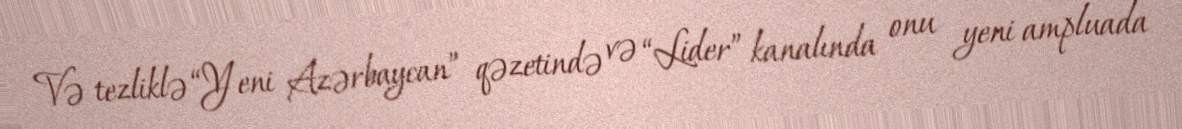
Və tezliklə “Yeni Azərbaycan” qəzetində və “Lider” kanalında onu yeni ampluada